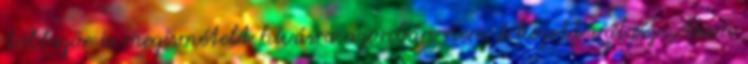
többször is megismételt hívásra azonban nem érkezett válasz. Adam